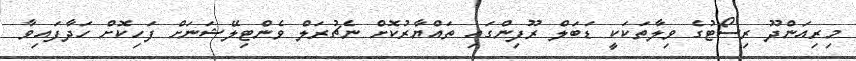
މިރިއަންދޫ ރިސޯޓުގެ ވިލާތަކަކީ ޑަބަލް ރޫފިންގައި ތައްޔާރުކޮށް ނެޗުރަލް ވެންޓިލޭޝަނަށް ފަހިކޮށް ހަދާފައިވާ